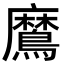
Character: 䳸